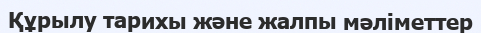
Құрылу тарихы және жалпы мәліметтер